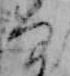
な